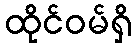
ထိုင်ဝမ်ရှိ